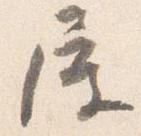
屋